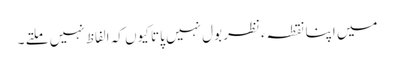
میں اپنا نقطہءنظر بول نہیں پاتا کیوں کہ الفاظ نہیں ملتے ۔